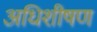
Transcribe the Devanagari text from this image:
अधिशीषण